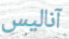
آناليس